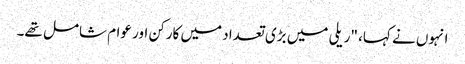
انہوں نے کہا، "ریلی میں بڑی تعداد میں کارکن اور عوام شامل تھے۔